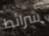
شرائط